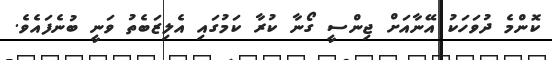
ކޮންމެ ދުވަހަކު އޭނާއަށް ޖިންސީ ގޯނާ ކުރާ ކަމުގައި އެލިޒަބެތު ވަނީ ބުނެފައެވެ.